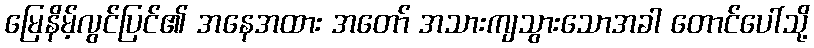
မြေနိမ့်လွင်ပြင်၏ အနေအထား အတော် အသားကျသွားသောအခါ တောင်ပေါ်သို့